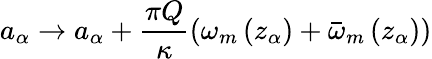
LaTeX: a_{\alpha}\rightarrow a_{\alpha}+\frac{\pi Q}{\kappa}\left(\omega_{m}\left(z_{\alpha}\right)+\bar{\omega}_{m}\left(z_{\alpha}\right)\right)